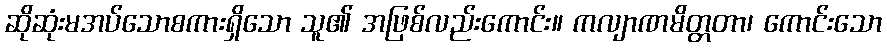
ဆိုဆုံးမအပ်သောစကားရှိသော သူ၏ အဖြစ်လည်းကောင်း။ ကလျာဏမိတ္တတာ၊ ကောင်းသော